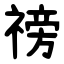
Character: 䄘